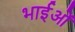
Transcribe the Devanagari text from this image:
भाईओं